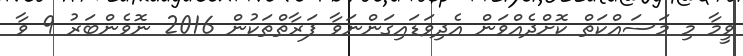
ވީމާ މި މަސައްކަތް ކޮށްދެއްވަން އެދިވަޑައިގަންނަވާ ފަރާތްތަކުން 2016 ނޮވެންބަރު 9 ވާ